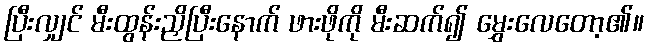
ပြီးလျှင် မီးထွန်းညှိပြီးနောက် ဖားဖိုကို မီးဆက်၍ မွှေးလေတော့၏။